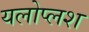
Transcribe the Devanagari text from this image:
यलोप्लश